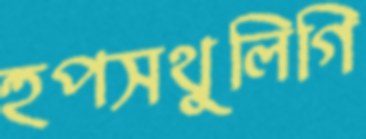
হুপসথুলিগি